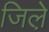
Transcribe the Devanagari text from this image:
जिले़